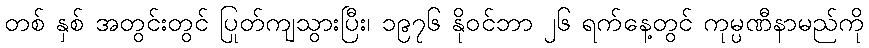
တစ် နှစ် အတွင်းတွင် ပြုတ်ကျသွားပြီး၊ ၁၉၇၆ နိုဝင်ဘာ ၂၆ ရက်နေ့တွင် ကုမ္ပဏီနာမည်ကို